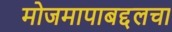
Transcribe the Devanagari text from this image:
मोजमापाबद्दलचा